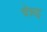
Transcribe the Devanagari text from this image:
चेन्नइ